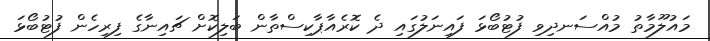
މައުލޫމާތު މުއްސަނދިވި ފުޓުބޯޅަ ފައިނަލުގައި ދެ ކޮރެއާޕާކިސްތާން ބަލިކޮށް ޗައިނާގެ ފިރިހެން ފުޓުބޯޅަ